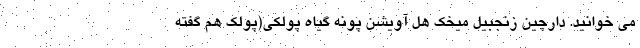
می خوانید. دارچین زنجبیل میخک هل آویشن پونه گیاه پولکی(پولک هم گفته